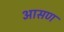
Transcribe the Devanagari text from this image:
आसण